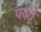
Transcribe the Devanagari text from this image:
पदते